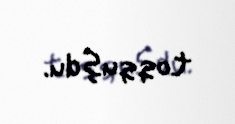
toqquşdu.